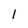
Character: 1